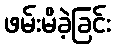
ဖမ်းမိခဲ့ခြင်း